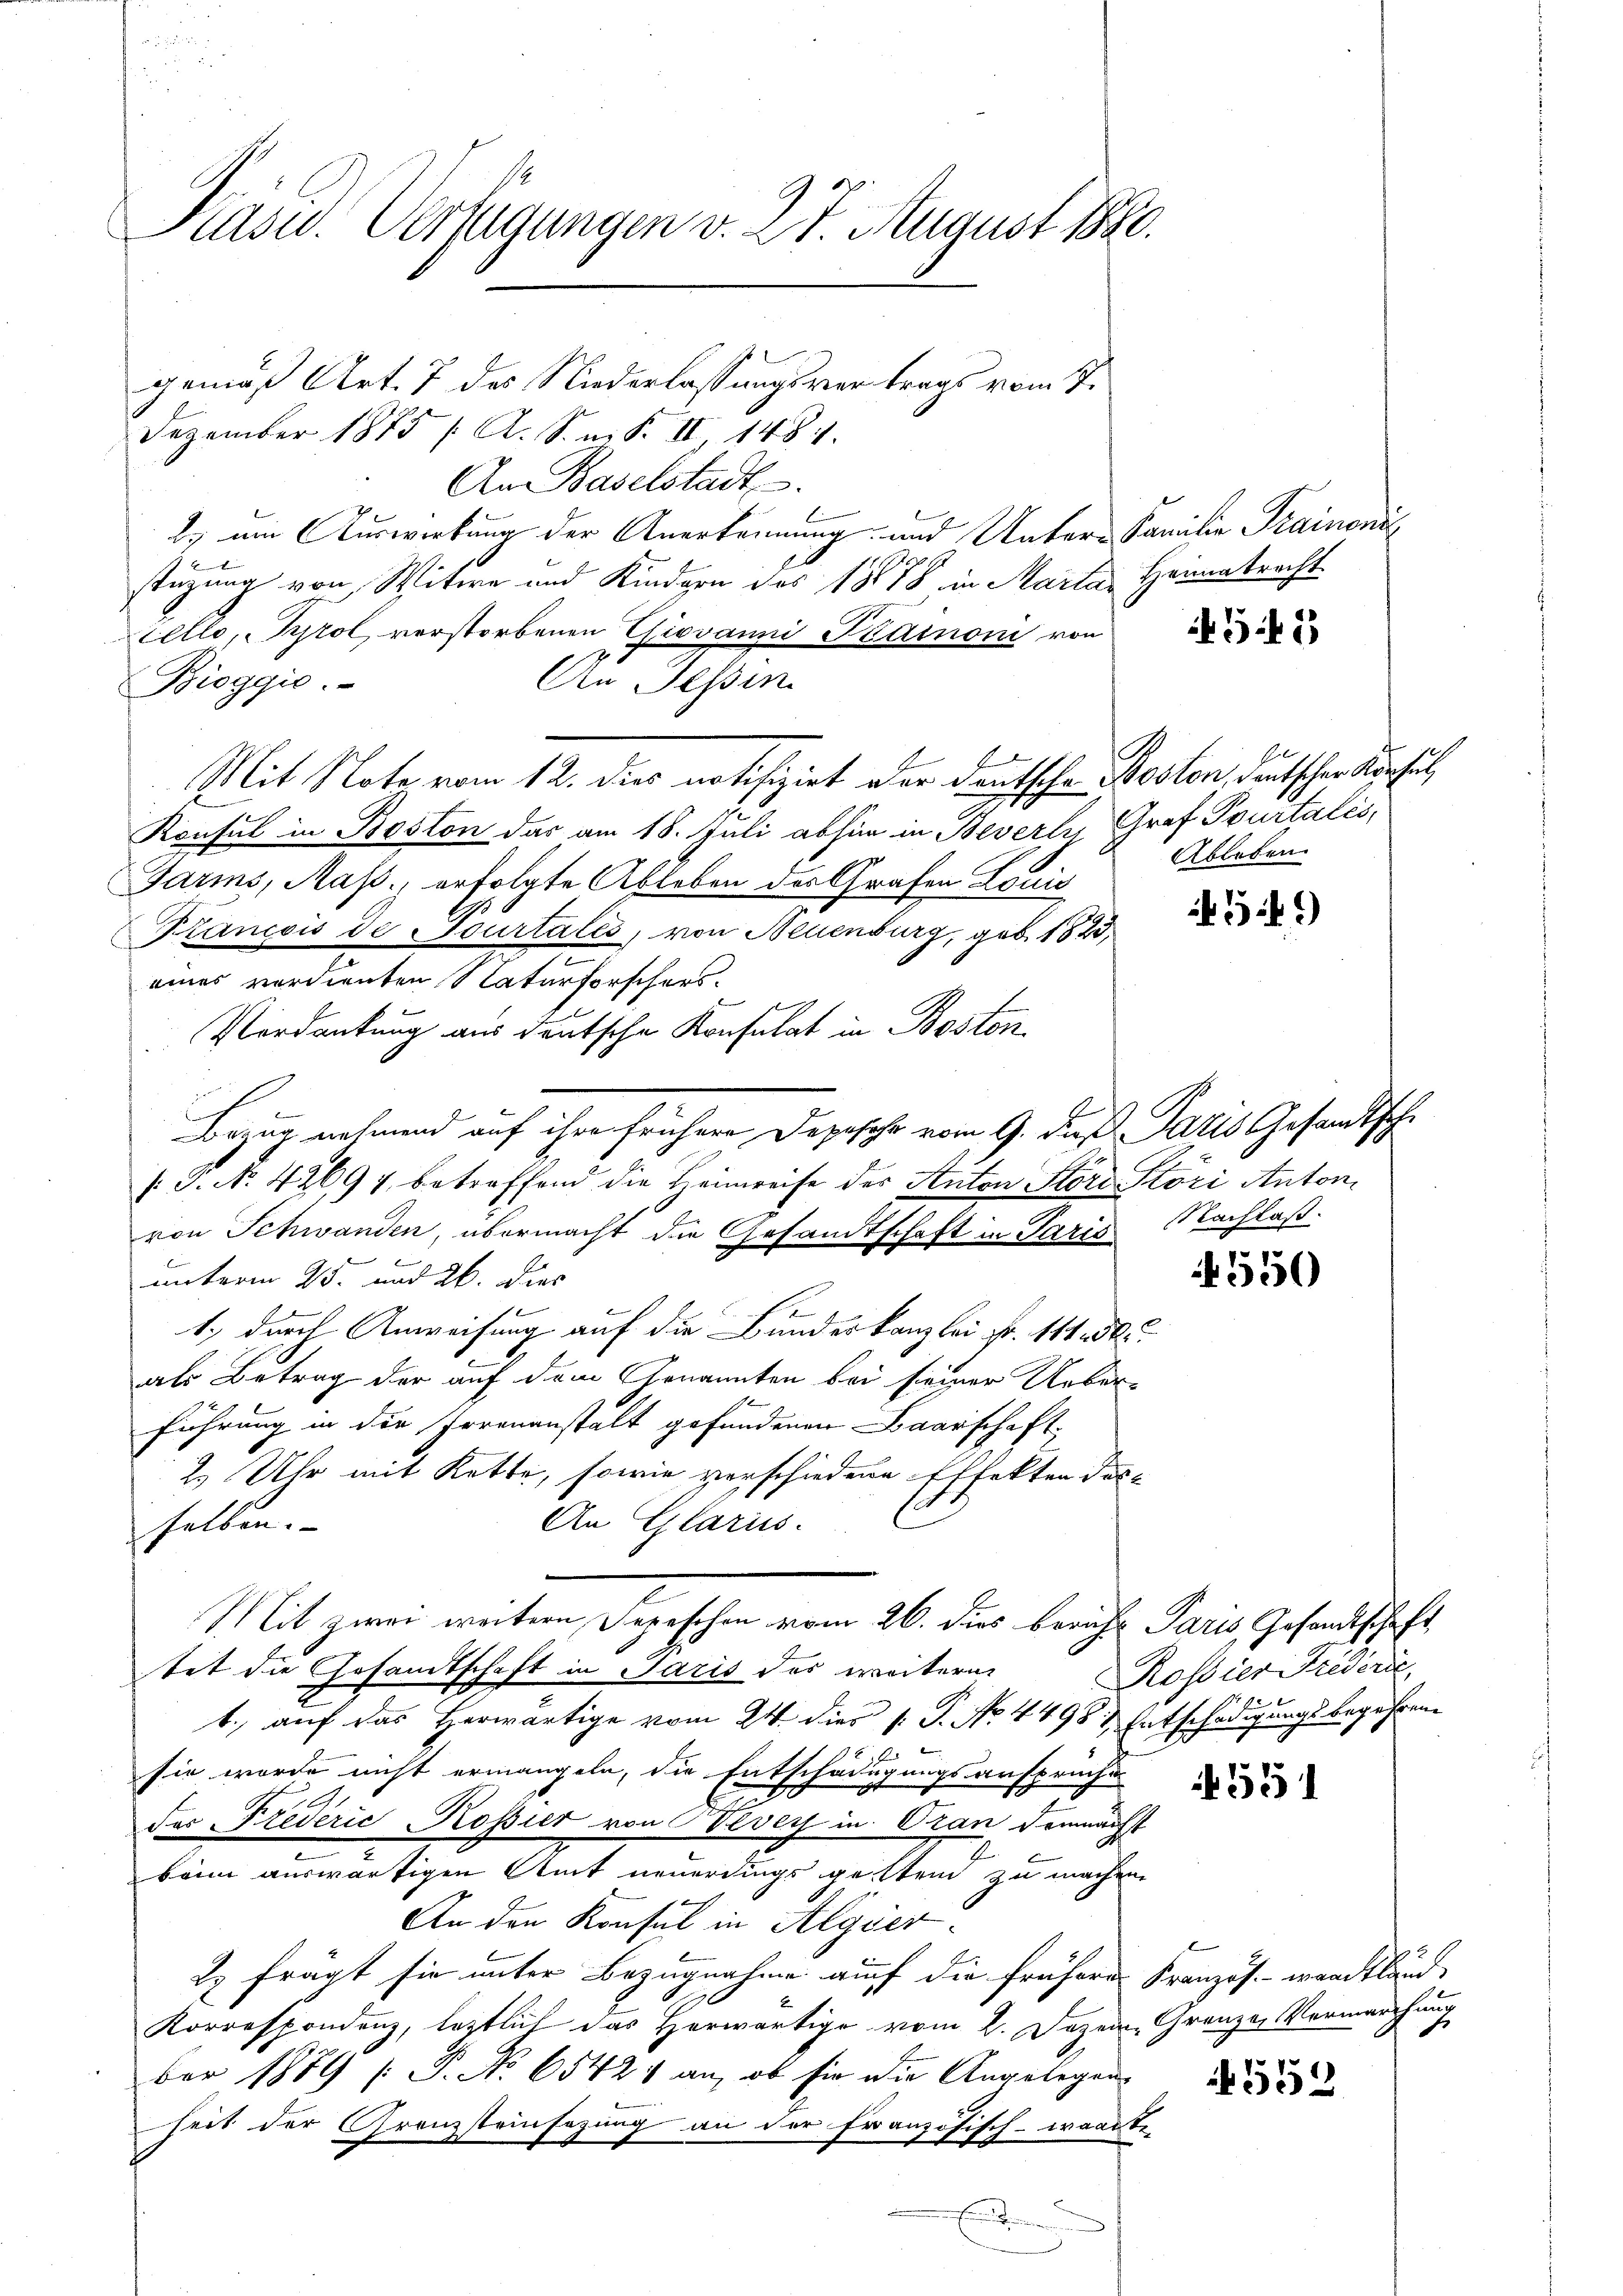
Kasu. Verfügungen v. 27 August 1880.

gemäß Art. 7 des Niederlassungsvertrags vom 7.
Dezember 1875 / A. S. m. S. II, 1481.
An Baselstadt.
2) am Auswirkung der Anerkennung und Unter Familie Trainend
4
stüzung von Witwe und Kindern des 1878 in Marta Heimatracht
Eello, Tyrol verstorbenen Giovanni Szainomi von
An Tessin
Bioggio.
Mit Note vom 12. dies notifizirt der deutsche Roston, deutscher Ansetz
Konsul in Boston das am 18. Juli abhin in Beverli, Graf Pourtalis,
Garms, Mass., erfolgte Ableben des Grafen Louis
Pancois de Tourtales, von Neuenburg, geb. 1823,
eines verdienten Naturforschers.
Verdankung aus deutsche Konsulat in Boston,
Bezug nehmend auf ihre frühere Depesche vom 9. daß Paris Gesandtsch
/: P. No. 42694 betreffend die Heimreise des Anton Store Störi Antonvon Schwanden, übermacht die Gesandtschaft in Paris Nachlaß.
unterm 25. und 26. Dies
1.) durch Anweisung auf die Bundeskanzlei Fr. 141. 50
als Betrag der auf dem Genannten bei seiner Ueberführung in der Irrenanstalt gefundenen Baarschaft,
2. Uhr mit Kette, sowie verschiedene Effekten das-
An Glarus.
selben.
Mit zwei weitern Depeschen vom 26. dies berichts Paris, Gesandtschaft,
tet die Gesandtschaft in Paris des weitern
1. auf das Herwärtige vom 24. dies P. P. No. 4498 & Entschädigungsbegehrensie wurde nicht ermangeln, die Entschädigungsansprüche
e
.
der Freverić Rossier von Vevey in Oran demnächst
beim auswärtigen Amt neuerdings gestend zu machen.
An den Konsul in Algier
Es frägt sie unter Bezugnahme auf die frühere Französ. wandtländ
.
Korrespondenz, letztlich das Herwärtige vom 2. Dezem. Grenze Vermarchung
ber 1889 [P. No 65421 an, ob sie die Angelegen-
heit der Granzsteinsezung an der französisch-waadt.
E

545

Ableben.

549)

550

Rossier Frideric

551

552